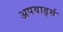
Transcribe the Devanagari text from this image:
अपवार्ड्स